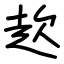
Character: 赼